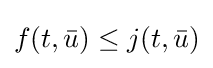
f(t,{\bar {u}})\leq j(t,{\bar {u}})